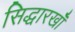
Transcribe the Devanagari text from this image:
सिद्धारखॉँ